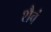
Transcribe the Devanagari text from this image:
शैवं